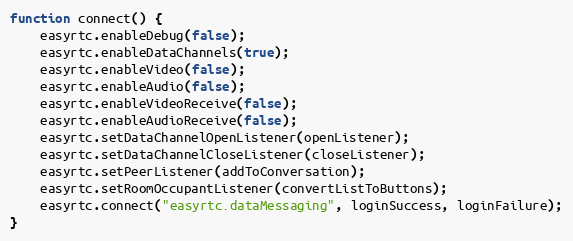
Language: JavaScript
function connect() {
    easyrtc.enableDebug(false);
    easyrtc.enableDataChannels(true);
    easyrtc.enableVideo(false);
    easyrtc.enableAudio(false);
    easyrtc.enableVideoReceive(false);
    easyrtc.enableAudioReceive(false);
    easyrtc.setDataChannelOpenListener(openListener);
    easyrtc.setDataChannelCloseListener(closeListener);
    easyrtc.setPeerListener(addToConversation);
    easyrtc.setRoomOccupantListener(convertListToButtons);
    easyrtc.connect("easyrtc.dataMessaging", loginSuccess, loginFailure);
}